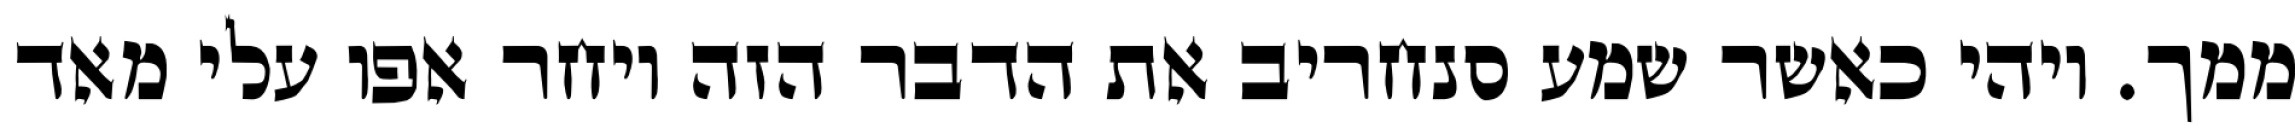
ממך. ויהי כאשר שמע סנחריב את הדבר הזה ויחר אפו עלי מאד